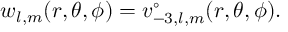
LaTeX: w _ { l , m } ( r , \theta , \phi ) = v _ { - 3 , l , m } ^ { \circ } ( r , \theta , \phi ) .